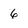
Character: 6